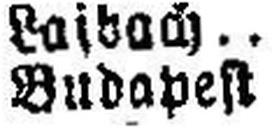
Budapest